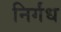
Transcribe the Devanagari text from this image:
निर्गंध